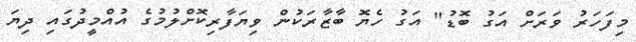
މިފަހަރު ވަރަށް އަގު ބޮޑު" އަގު ހެޔޮ ބާޒާރަކުން ވިޔަފާރިކޮށްލުމުގެ އުއްމީދުގައި ދިޔަ